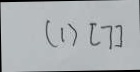
( 1 ) [ 7 ]